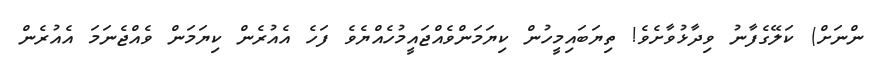
ންނަށް) ކަލޭގެފާނު ވިދާޅުވާށެވެ! ތިޔަބައިމީހުން ކިޔަމަންވެއްޖައީމުހެއްޔެވެ ފަހެ އެއުރެން ކިޔަމަން ވެއްޖެނަމަ އެއުރެން